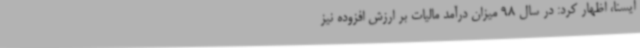
ایسنا، اظهار کرد: در سال 98 میزان درآمد مالیات بر ارزش افزوده نیز